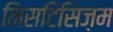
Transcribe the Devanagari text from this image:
मिसटिसिज़म